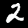
Digit: 2